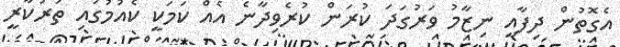
އެގޮތުން ދިފާއީ ނިޒާމު ވަރުގަދަ ކުރަން ކުރެވިދާނެ އެއް ކަމަކީ ކެއުމުގައި ތަރުކާރީ